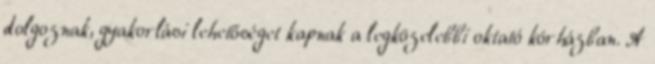
dolgoznak, gyakorlási lehetőséget kapnak a legközelebbi oktató kórházban. A